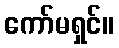
ကော်မရှင်။